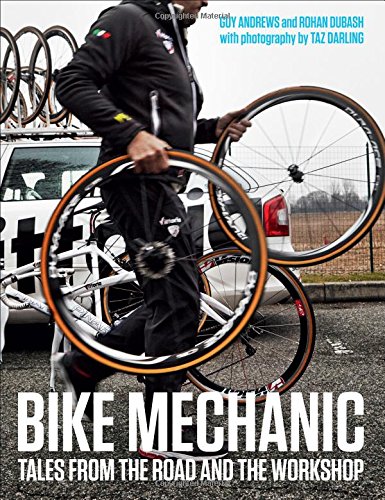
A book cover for Bike Mechanic: Tales from the Road and the Workshop; Guy Andrews; Sports & Outdoors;